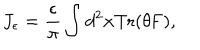
LaTeX: J _ { \epsilon } = \frac { \epsilon } { \pi } \int d ^ { 2 } x \mathrm { T r ( \ t h e t a F ) } ,